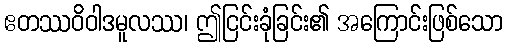
ဧတဿဝိဝါဒမူလဿ၊ ဤငြင်းခုံခြင်း၏ အကြောင်းဖြစ်သော